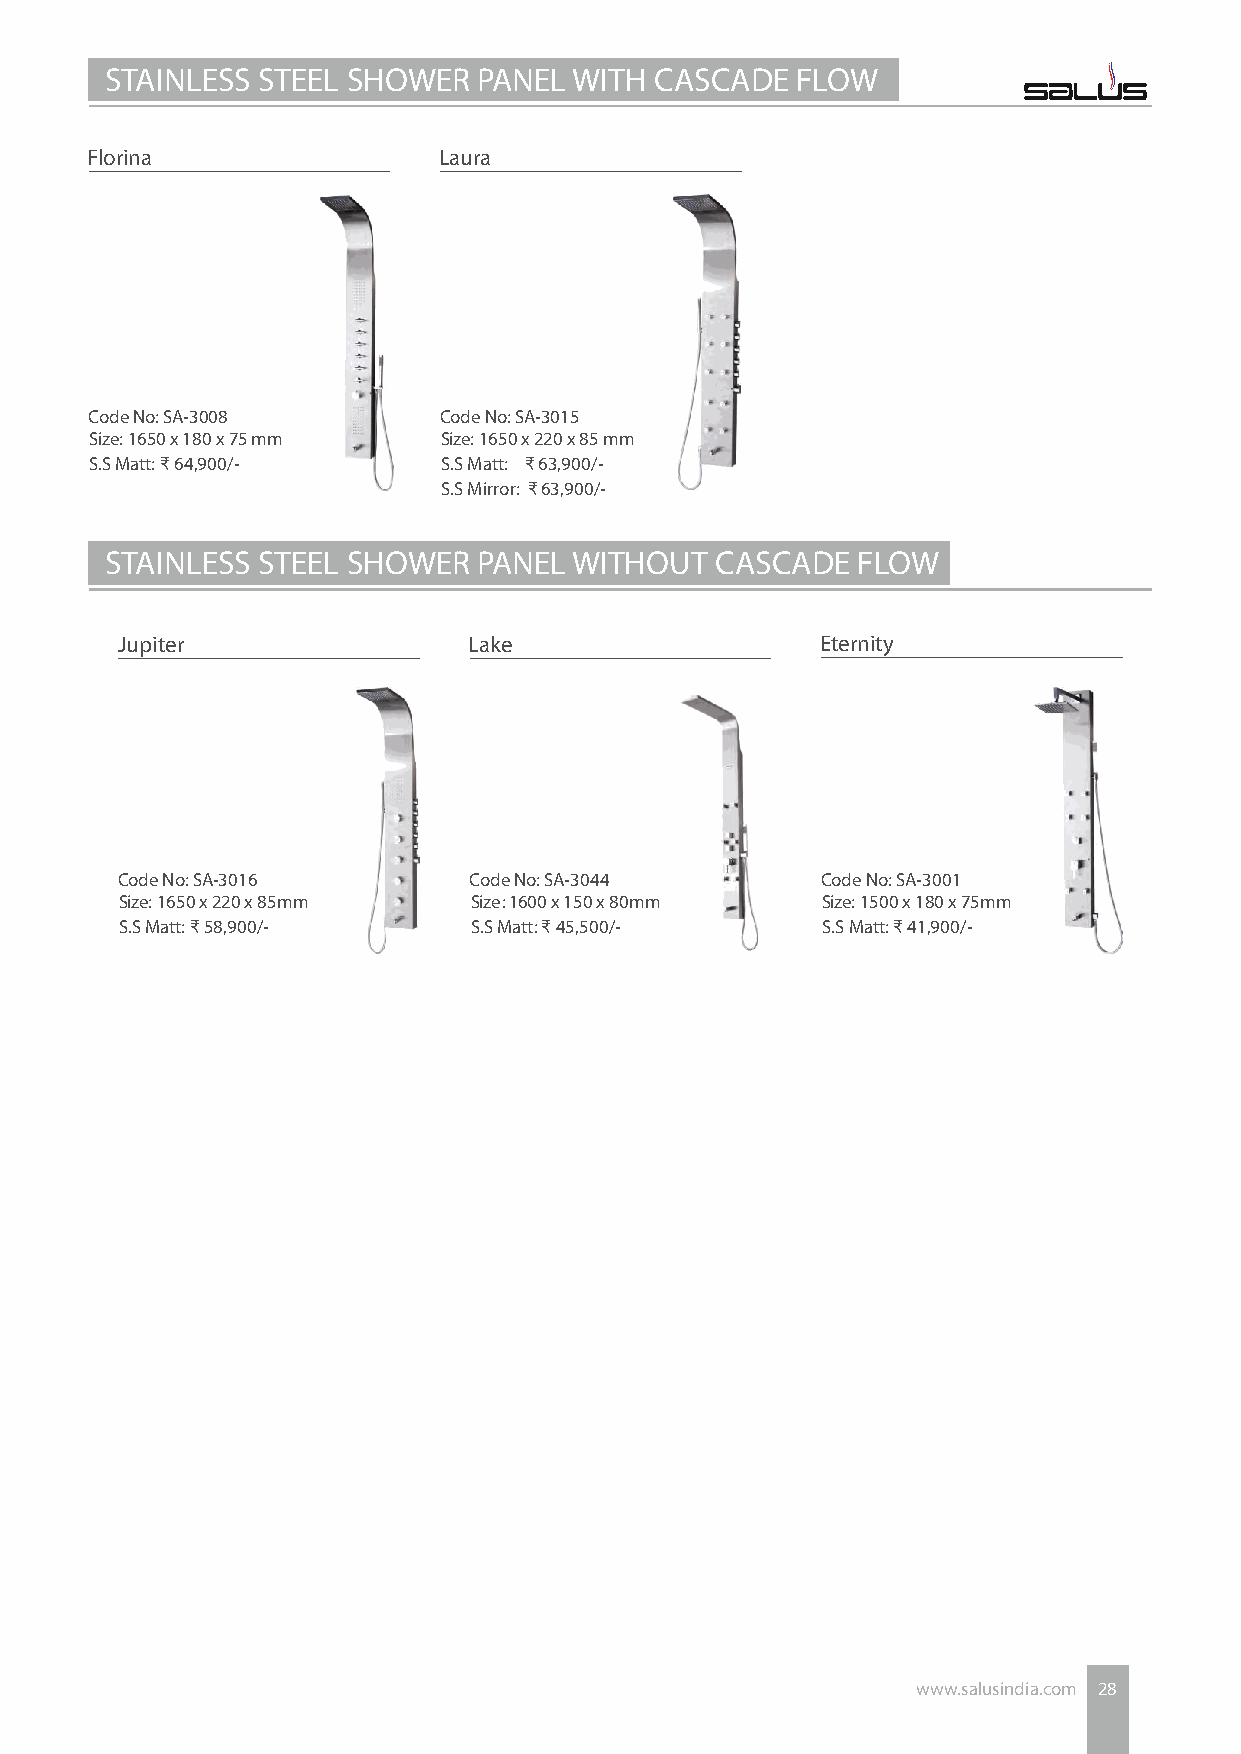
STAINLESS STEEL SHOWER   PANEL WITH CASCADE   FLOW
 Florina                Laura
 Code No: SA-3008       Code No: SA-3015
 Size: 1650 x 180 x 75 mm Size: 1650 x 220 x 85 mm
 S.S Matt: ₹ 64,900/-   S.S Matt: ₹ 63,900/-
 S.S Mirror: ₹ 63,900/-
 STAINLESS STEEL SHOWER   PANEL WITHOUT  CASCADE   FLOW
 Jupiter                Lake                   Eternity
 Code No: SA-3016       Code No: SA-3044       Code No: SA-3001
 Size: 1650 x 220 x 85mm Size: 1600 x 150 x 80mm Size: 1500 x 180 x 75mm
 S.S Matt: ₹ 58,900/-   S.S Matt: ₹ 45,500/-   S.S Matt: ₹ 41,900/-
 www.salusindia.com 28